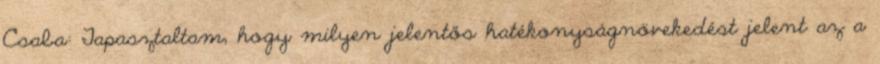
Csaba: Tapasztaltam, hogy milyen jelentős hatékonyságnövekedést jelent az a